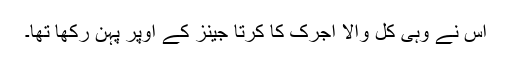
اس نے وہی کل والا اجرک کا کرتا جینز کے اوپر پہن رکھا تھا۔